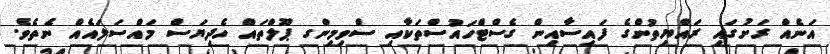
އަނެއް ރަށުގައި ރައްޔިތުންގެ ފައިސާއިން ގެސްޓްހައުސްތަކާއި ސްވިމިންގ ޕޫލްތައް ހެދިޔަސް މައްސަލައެއް ނެތެވެ.